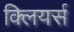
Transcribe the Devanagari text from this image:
क्लियर्स